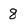
Character: 8